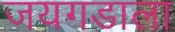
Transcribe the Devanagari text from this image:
जयगडाला